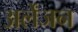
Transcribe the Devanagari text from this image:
अर्लेंजन